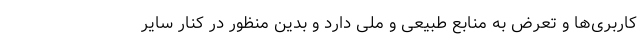
کاربری‌ها و تعرض به منابع طبیعی و ملی دارد و بدین منظور در کنار سایر